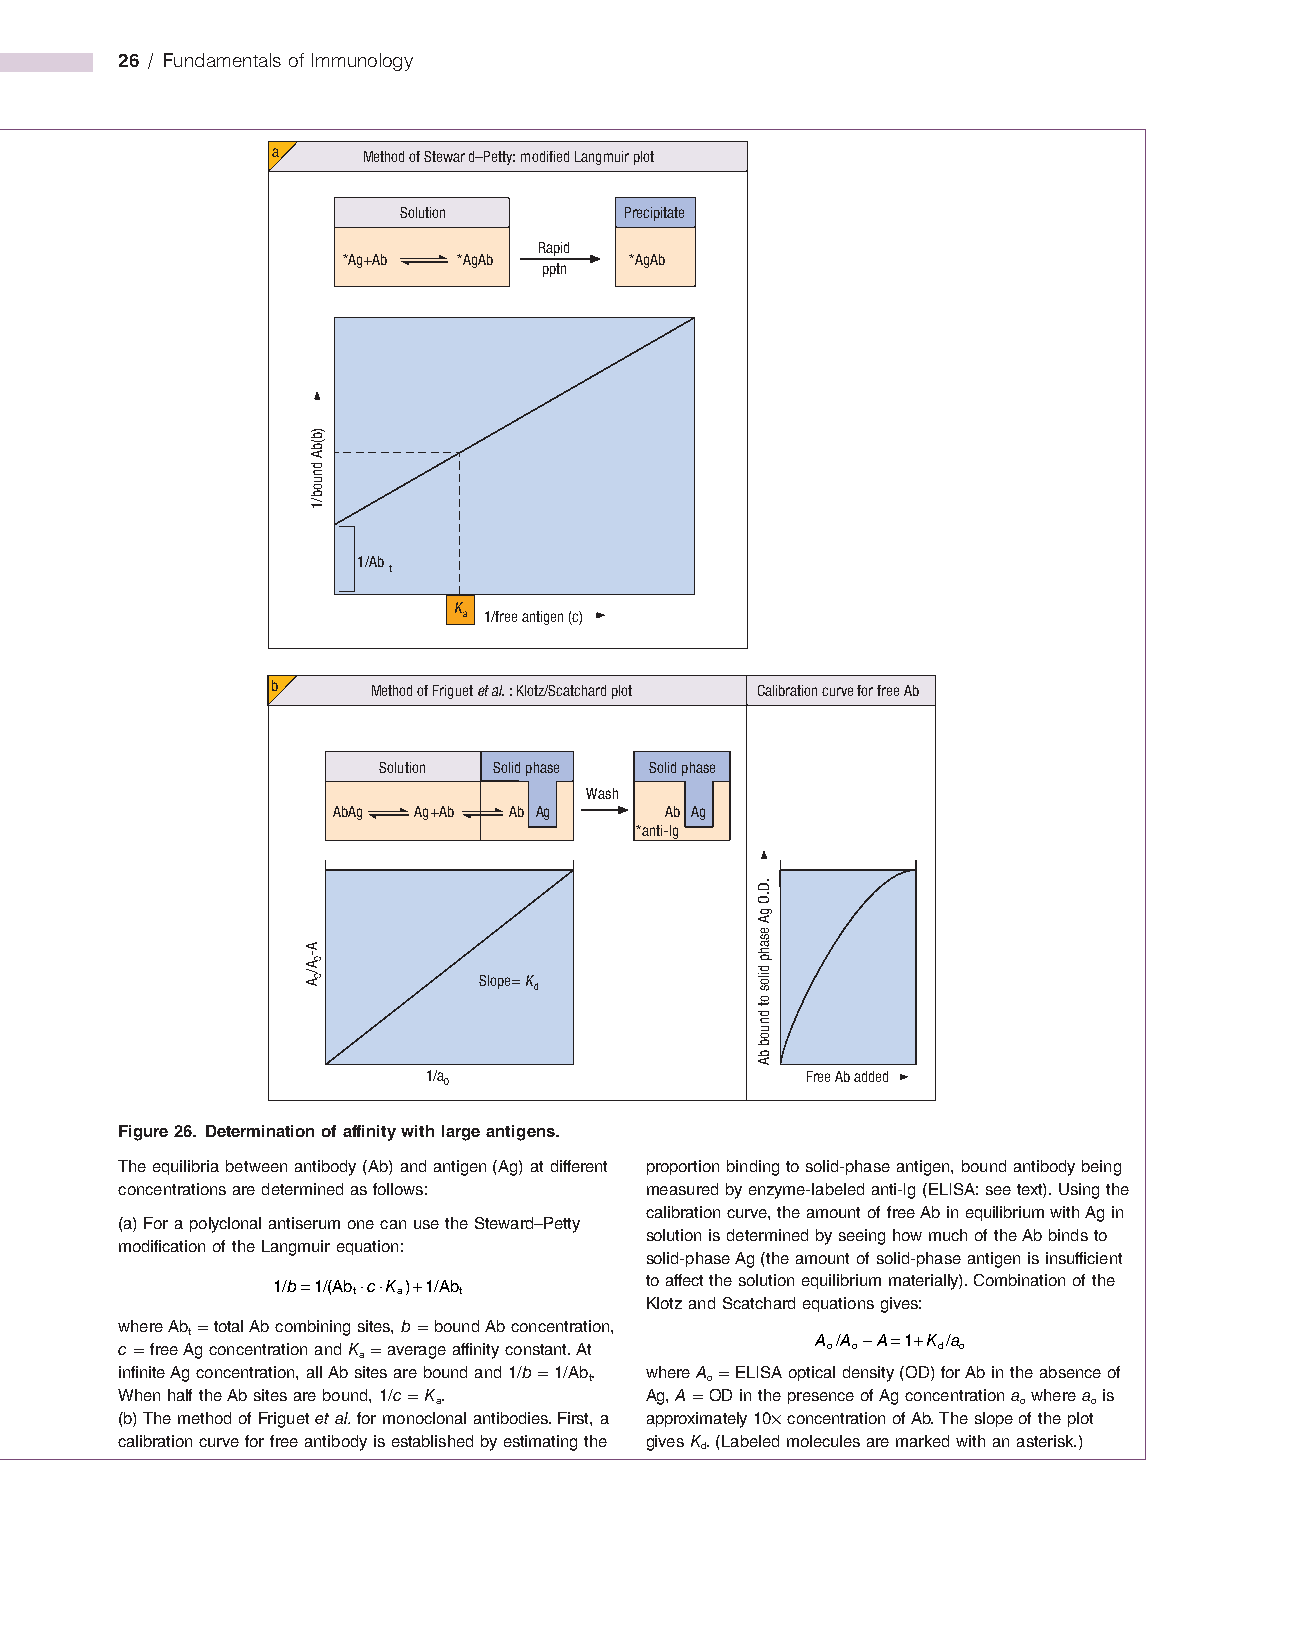
26 / Fundamentals of Immunology
 a     Method of Stewar d–Petty: modified Langmuir plot
 Solution       Precipitate
 Rapid
 *Ag+Ab *AgAb       *AgAb
 pptn
 1/Ab
 t
 K
 a 1/free antigen (c)
 b      Method of Friguet et al. : Klotz/Scatchard plot Calibration curve for free Ab
 Solution Solid phase Solid phase
 Wash
 AbAg Ag+Ab  Ab Ag     Ab Ag
 *anti-Ig
 Slope= K
 d
 1/a                      Free Ab added
 0
 Figure 26. Determination of affinity with large antigens.
 The equilibria between antibody (Ab) and antigen (Ag) at different proportion binding to solid-phase antigen, bound antibody being
 concentrations are determined as follows: measured by enzyme-labeled anti-Ig (ELISA: see text). Using the
 calibration curve, the amount of free Ab in equilibrium with Ag in
 (a) For a polyclonal antiserum one can use the Steward–Petty
 solution is determined by seeing how much of the Ab binds to
 modification of the Langmuir equation:
 solid-phase Ag (the amount of solid-phase antigen is insufficient
 1/b=1/(Ab ⋅c⋅K )+1/Ab    to affect the solution equilibrium materially). Combination of the
 t  a   t
 Klotz and Scatchard equations gives:
 where Ab t = total Ab combining sites, b = bound Ab concentration, A /A −A=1+K /a
 c = free Ag concentration and K a = average affinity constant. At o o d o
 infinite Ag concentration, all Ab sites are bound and 1/b = 1/Ab t. where A o = ELISA optical density (OD) for Ab in the absence of
 When half the Ab sites are bound, 1/c = K a. Ag, A = OD in the presence of Ag concentration a o where a o is
 (b) The method of Friguet et al. for monoclonal antibodies. First, a approximately 10× concentration of Ab. The slope of the plot
 calibration curve for free antibody is established by estimating the gives K. (Labeled molecules are marked with an asterisk.)
 d
 )b(bA
 dnuob/1
 A-
 0A/
 0A
 .D.O
 gA
 esahp
 dilos
 ot
 dnuob
 bA